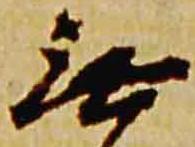
無